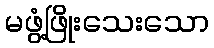
မဖွံ့ဖြိုးသေးသော